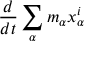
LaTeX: { \frac { d } { d t } } \sum _ { \alpha } m _ { \alpha } x _ { \alpha } ^ { i }